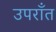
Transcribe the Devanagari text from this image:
उपराँत